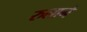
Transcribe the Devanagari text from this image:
रुलाने